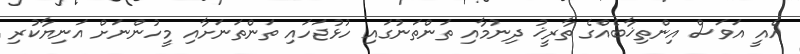
އެއީ އަވަސް އިންތިޚާބެއްގެ ތާރީޚު ދިނުމާއި ތަންތަނުގައި ހުޅުޖަހައި ތަންތަނަށާއި މީހުންނަށް އަނިޔާކުރި